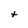
Character: t